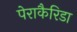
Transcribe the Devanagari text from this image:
पेराकैरिडा